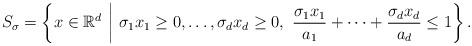
LaTeX: \begin{align*}S_{\sigma} = \left\{ x \in \mathbb{R}^d \,\, \middle| \,\, \sigma_1 x_1 \ge 0 , \dots , \sigma_d x_d \ge 0 , \,\, \frac{\sigma_1 x_1}{a_1} + \cdots + \frac{\sigma_d x_d}{a_d} \le 1 \right\} .\end{align*}